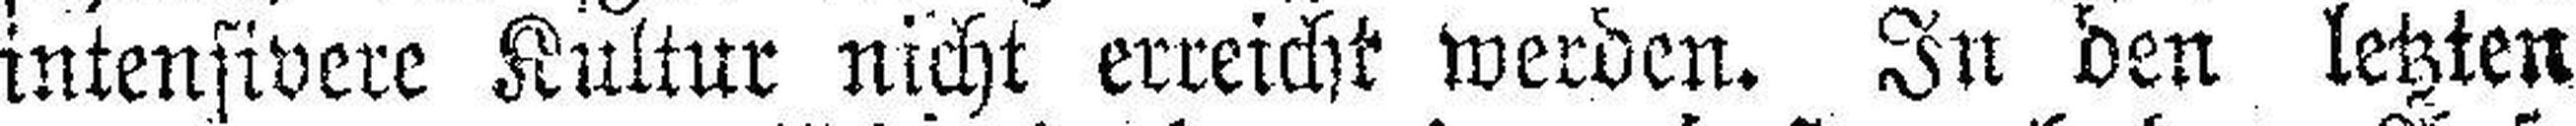
intensivere Kultur nicht erreicht werden. In den letzten